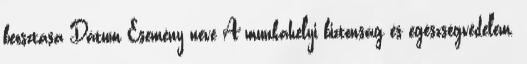
beosztása Dátum Esemény neve A munkahelyi biztonság és egészségvédelem.